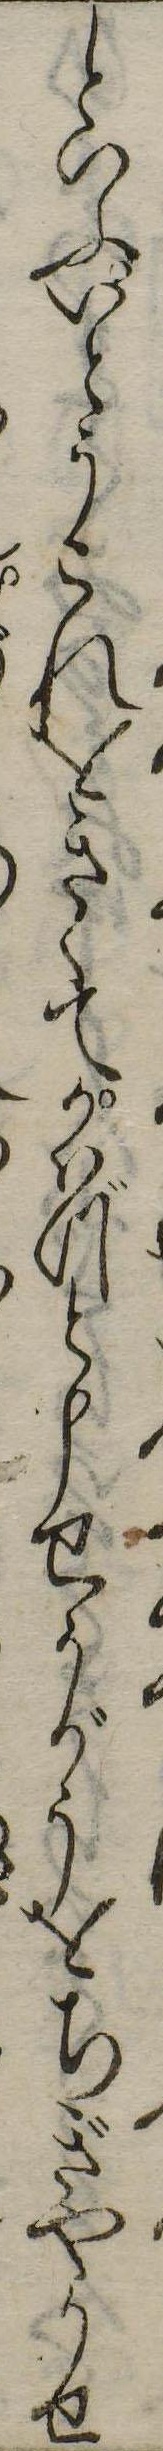
といふいとうこれをきゝてかはづと申せうがうをちぎやうせ